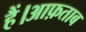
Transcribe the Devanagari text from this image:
हैं।आफ़ताब